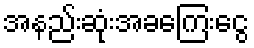
အနည်းဆုံးအခကြေးငွေ